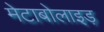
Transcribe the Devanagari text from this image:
मेटाबोलाइड़